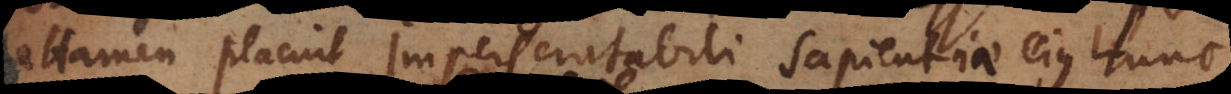
attamen placuit imperscrutabili sapientiae ejus hunc